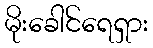
မိုးခေါင်ရေရှား